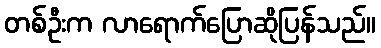
တစ်ဦးက လာရောက်ပြောဆိုပြန်သည်။